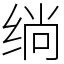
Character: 绱